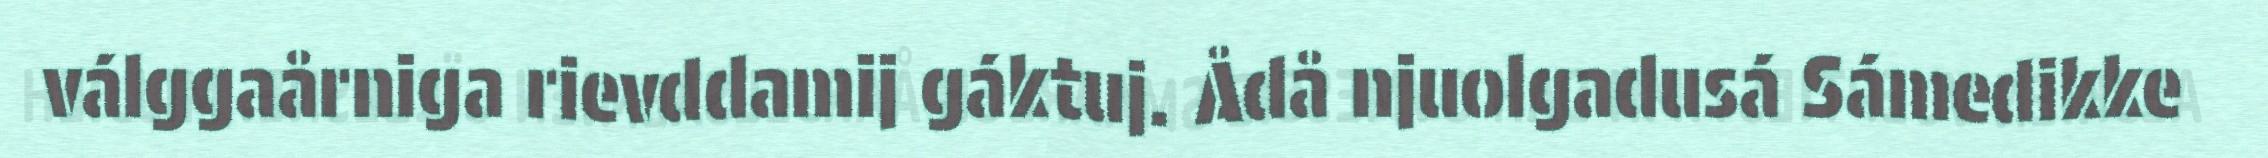
válggaårniga rievddamij gáktuj. Ådå njuolgadusá Sámedikke